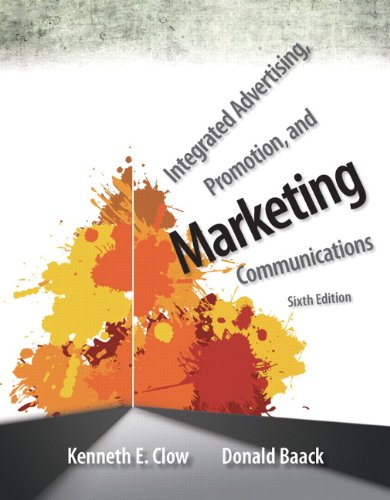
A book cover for Integrated Advertising, Promotion, and Marketing Communications (6th Edition); Kenneth E. Clow; Business & Money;